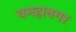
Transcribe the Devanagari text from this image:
यमहानगर